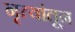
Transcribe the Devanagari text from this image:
नृत्यांतून